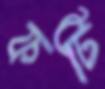
ফটি